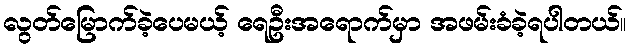
လွတ်မြောက်ခဲ့ပေမယ့် ရေဦးအရောက်မှာ အဖမ်းခံခဲ့ရပါတယ်။